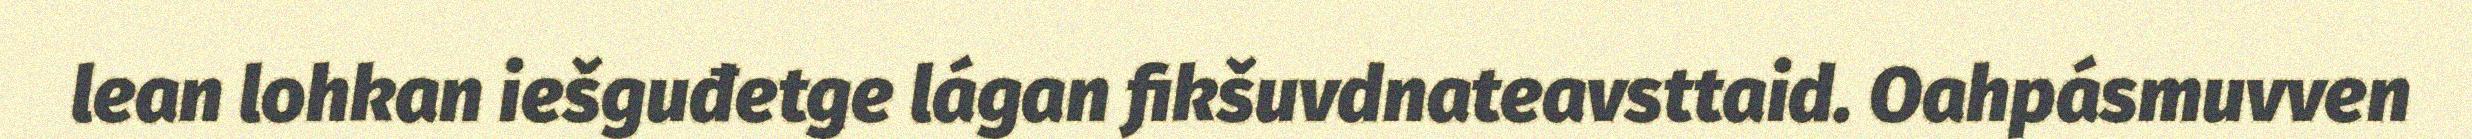
lean lohkan iešguđetge lágan fikšuvdnateavsttaid. Oahpásmuvven